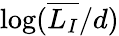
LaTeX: \log(\overline{{L_{I}}}/d)